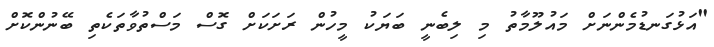
"އަޅުގަނޑުމެންނަށް މައުލޫމާތު މި ލިބެނީ ބަޔަކު މީހުން ރަށަކަށް ގޮސް މަސްތުވާތަކެތި ބޭނުންކޮށް